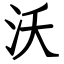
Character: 沃